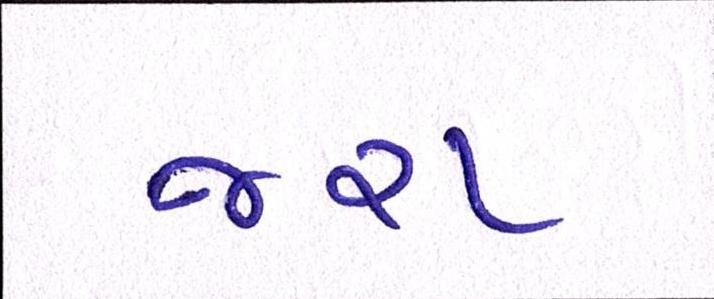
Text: જરા